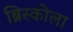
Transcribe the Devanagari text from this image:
ब्रिस्कोला